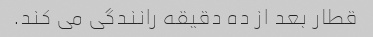
قطار بعد از ده دقیقه رانندگی می کند.